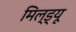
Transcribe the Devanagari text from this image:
मिल्ड्यू